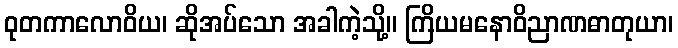
ဝုတကာလောဝိယ၊ ဆိုအပ်သော အခါကဲ့သို့။ ကြိယမနောဝိညာဏဓာတုယာ၊